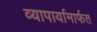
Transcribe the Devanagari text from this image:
व्यापार्यामार्फत